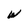
Character: W